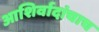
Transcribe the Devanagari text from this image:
आशिर्वादांचाच